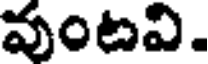
వుంటవి.